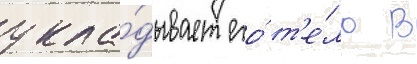
укла́дывает его́ т'е́ло в